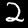
Digit: 2